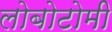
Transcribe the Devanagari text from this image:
लोबोटोमी